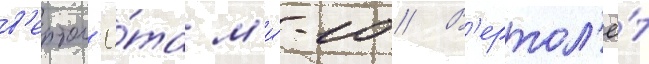
в'ертол'ё́та м'и́-10 // В'ертол'ё́т